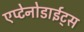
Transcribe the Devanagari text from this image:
एप्टेनोडाईट्स